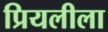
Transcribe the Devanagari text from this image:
प्रियलीला